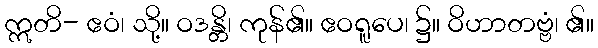
ဣတိ- ဧဝံ၊ သို့။ ဝဒန္တိ၊ ကုန်၏။ ဧဝရူပေ၊ ၌။ ဝိဟာတဗ္ဗံ၊ ၏။